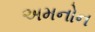
અમનોન